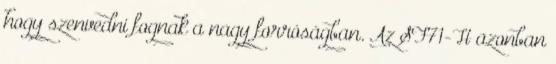
hogy szenvedni fognak a nagy forróságban. Az SF71-H azonban